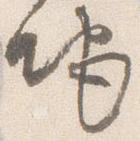
地